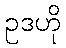
ဥဒဟို